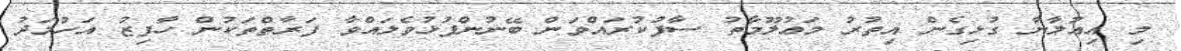
މި އިޢުލާނާ ގުޅިގެން އިތުރު މަޢުލޫމާތު ސާފުކުރައްވަން ބޭނުންފުޅުވެލައްވާ ފަރާތްތަކުން ހާފިޒު އަހުމަދު